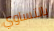
بالتساوي